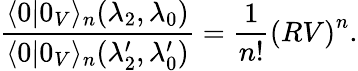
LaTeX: \frac{\langle 0|0_{V}\rangle_{n}(\lambda_{2},\lambda_{0})}{\langle 0|0_{V}\rangle_{n}({\lambda}_{2}^{\prime},{\lambda}_{0}^{\prime})}=\frac{1}{n!}\left(RV\right)^{n}.